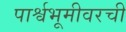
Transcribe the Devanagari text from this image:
पार्श्वभूमीवरची